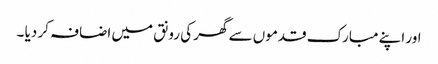
اور اپنے مبارک قدموں سے گھر کی رونق میں اضافہ کر دیا ۔